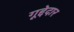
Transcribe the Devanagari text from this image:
गूद्देदार